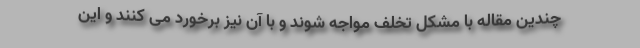
چندین مقاله با مشکل تخلف مواجه شوند و با آن نیز برخورد می کنند و این